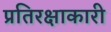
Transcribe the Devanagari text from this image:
प्रतिरक्षाकारी